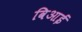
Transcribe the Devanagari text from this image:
विआई